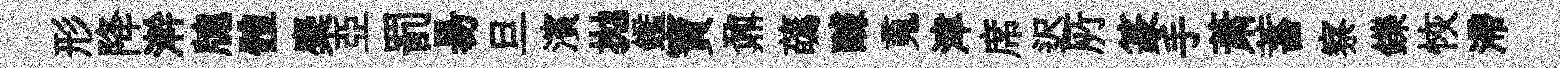
形降澣牕體麋亞罰昜旦濱拋鑑寶鼐蘤醵䰟津席迟𠩄篆手萧蓄察鑠恢滯